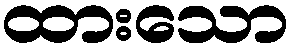
ထားသော